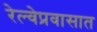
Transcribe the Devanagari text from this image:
रेल्वेप्रवासात